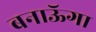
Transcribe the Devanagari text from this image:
बनाऊॅगा